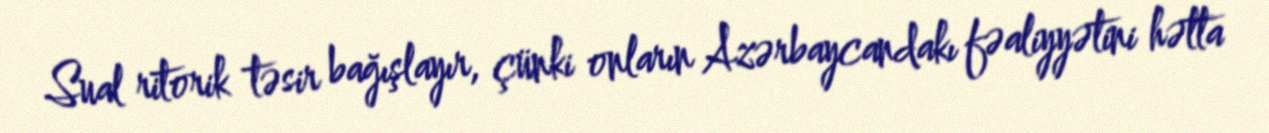
Sual ritorik təsir bağışlayır, çünki onların Azərbaycandakı fəaliyyətini hətta